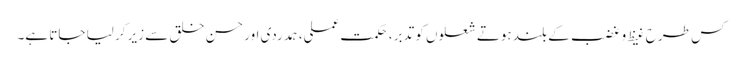
کس طرح غیظ و غضب کے بلند ہوتے شعلوں کو تدبر، حکمت عملی، ہمدردی اور حسن خلق سے زیر کر لیا جاتا ہے۔